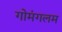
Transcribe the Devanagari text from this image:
गोमंगलम